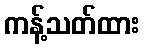
ကန့်သတ်ထား